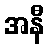
အနီ